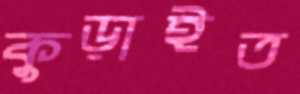
কুড়াইত